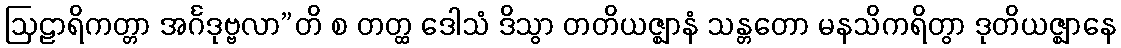
ဩဠာရိကတ္တာ အင်္ဂဒုဗ္ဗလာ”တိ စ တတ္ထ ဒေါသံ ဒိသွာ တတိယဇ္ဈာနံ သန္တတော မနသိကရိတွာ ဒုတိယဇ္ဈာနေ